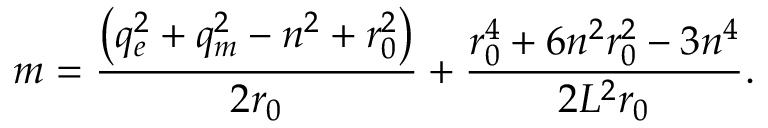
m = \frac { \left( q _ { e } ^ { 2 } + q _ { m } ^ { 2 } - n ^ { 2 } + r _ { 0 } ^ { 2 } \right) } { 2 r _ { 0 } } + \frac { r _ { 0 } ^ { 4 } + 6 n ^ { 2 } r _ { 0 } ^ { 2 } - 3 n ^ { 4 } } { 2 L ^ { 2 } r _ { 0 } } .